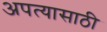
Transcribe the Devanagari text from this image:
अपत्यासाठी